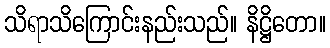
သိရာသိကြောင်းနည်းသည်။ နိဋ္ဌိတော။